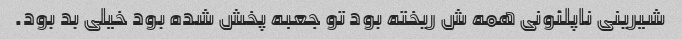
شیرینی ناپلئونى همه ش ریخته بود تو جعبه پخش شده بود خیلی بد بود.